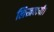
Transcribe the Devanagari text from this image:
लिखवायी।